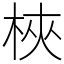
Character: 梜